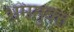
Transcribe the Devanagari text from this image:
भ्रममुक्त